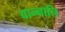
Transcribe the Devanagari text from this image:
चान्नानि